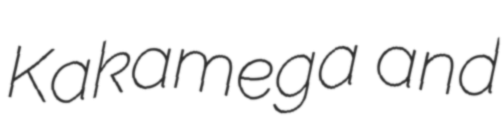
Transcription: Kakamega and